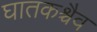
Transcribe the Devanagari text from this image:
घातकश्चैव